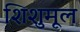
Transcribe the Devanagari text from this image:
शिशुमूल